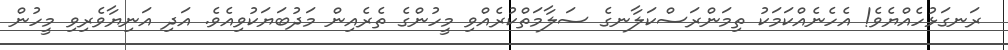
ރަނގަޅުހެއްޔެވެ! އެހެނެއްކަމަކު ތިމަންރަސްކަލާނގެ ސަލާމަތްކުރެއްވި މީހުންގެ ތެރެއިން މަދުބަޔަކުވިއެވެ. އަދި އަނިޔާވެރިވި މީހުން